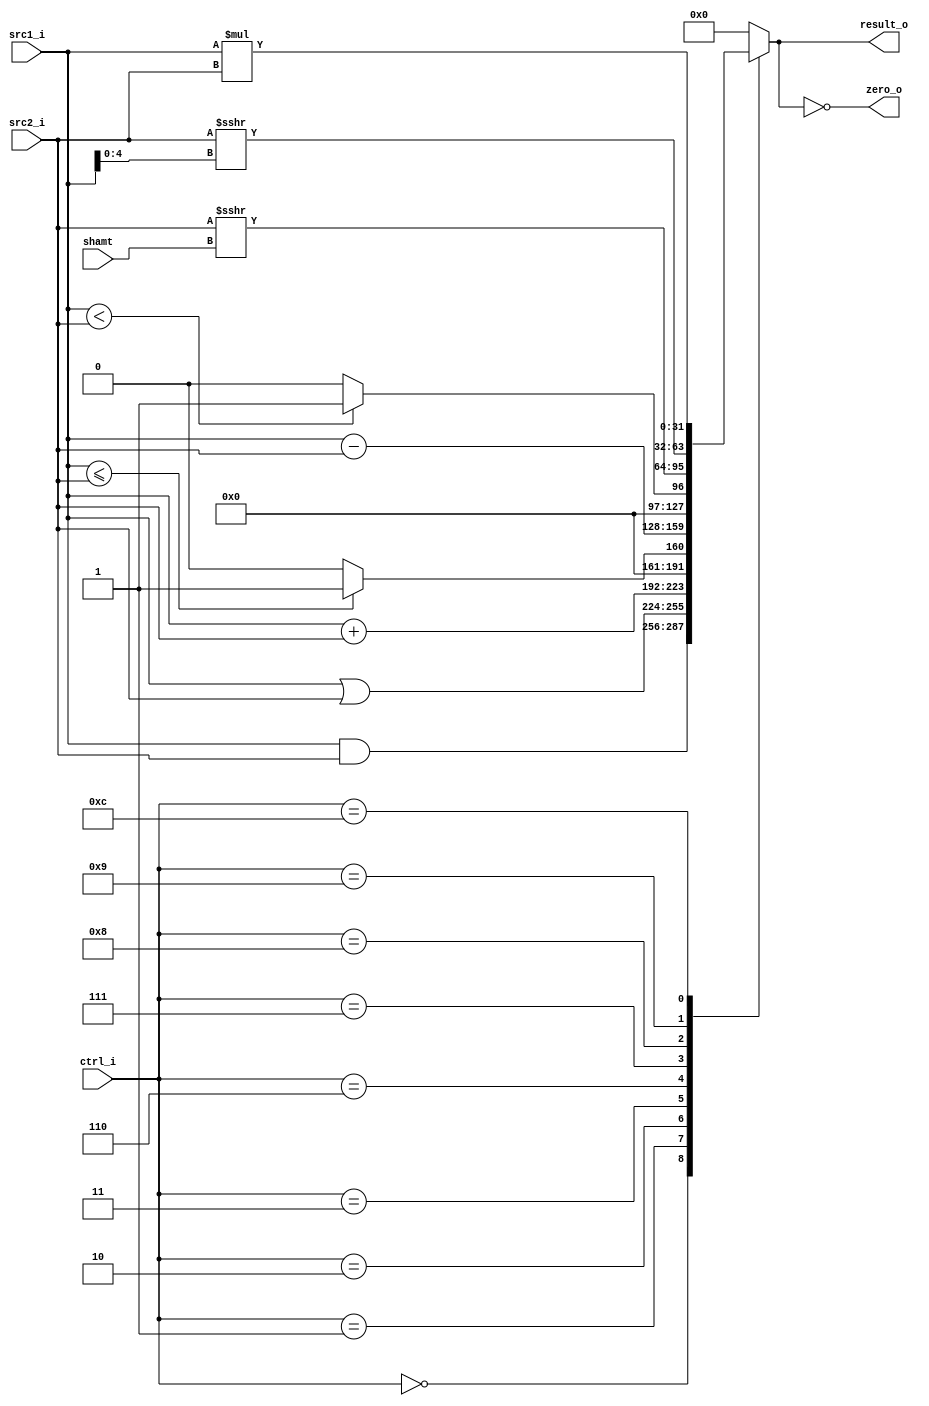
//Subject:     CO project 3 - ALU
//--------------------------------------------------------------------------------
//Version:     1
//--------------------------------------------------------------------------------
//Writer:      0416024  0516310 f
//----------------------------------------------
//----------------------------------------------
//Description:
//--------------------------------------------------------------------------------

module ALU(
    src1_i,
	src2_i,
	shamt,
	ctrl_i,
	result_o,
	zero_o
	);

//I/O ports
input  signed [32-1:0]  src1_i;
input  signed [32-1:0]	 src2_i;
input [4:0] shamt;
input  [4-1:0]   ctrl_i;

output [32-1:0]	 result_o;
output           zero_o;


//Internal signals
reg    [32-1:0]  result_o;
wire             zero_o;
wire   [4:0]     shift;
//Parameter

//Main function
assign zero_o = result_o == 0;

always @(*) begin
  result_o = 0;
  case (ctrl_i)
    4'b0000: result_o = src1_i & src2_i;
    4'b0001: result_o = src1_i | src2_i;
    4'b0010: result_o = src1_i + src2_i;
    4'b0011: result_o = (src1_i <= src2_i) ? 1 : 0;
    4'b0110: result_o = src1_i - src2_i;
    4'b0111: result_o = (src1_i < src2_i) ? 1 : 0;
    4'b1000: result_o = src2_i >>> shamt;
    4'b1001: result_o = src2_i >>> src1_i[4:0];
    4'b1100: result_o = src1_i * src2_i;
  endcase
end
endmodule